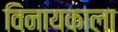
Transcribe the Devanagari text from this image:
विनायकाला